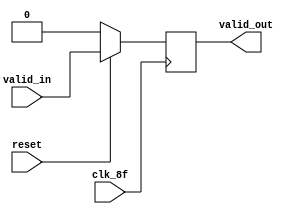
module flops_valid (

                      input            valid_in,
                      output reg       valid_out,
                      input            clk_8f,
                      input            reset
                      );

   always @ (posedge clk_8f) begin
      if (!reset) begin
         valid_out <= 0;

      end else begin
         valid_out <=valid_in;
      end
   end

endmodule